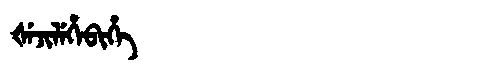
Manchu: ᡧᡝᠵᡳᠯᡝᡥᡝᠪᡳᡥᡝ
Romanization: ŠEJILEHEBIHE